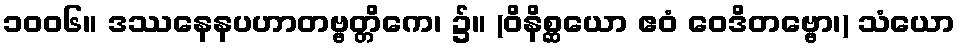
၁၀၀၆။ ဒဿနေနပဟာတဗ္ဗတ္တိကေ၊ ၌။ (ဝိနိစ္ဆယော ဧဝံ ဝေဒိတဗ္ဗော၊) သံယော